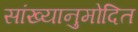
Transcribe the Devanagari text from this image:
सांख्यानुमोदित